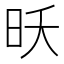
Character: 𮲝